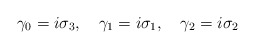
\begin{align*}\gamma_{0} = i\sigma_{3},\quad \gamma_{1} = i\sigma_{1},\quad\gamma_{2} = i\sigma_{2}\end{align*}